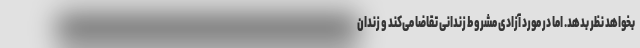
بخواهد نظر بدهد. اما در مورد آزادی مشروط زندانی تقاضا می‌کند و زندان